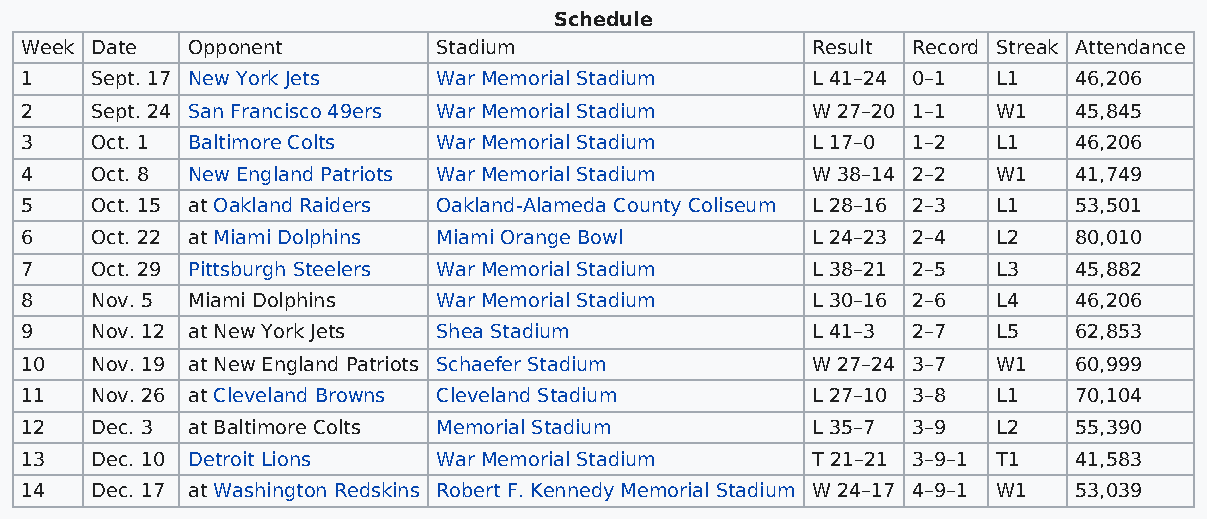
Schedule
 Week Date  Opponent         Stadium                  Result Record Streak Attendance
 1    Sept. 17 New York Jets War Memorial Stadium     L 41–24 0–1 L1   46,206
 2    Sept. 24 San Francisco 49ers War Memorial Stadium W 27–20 1–1 W1 45,845
 3    Oct. 1 Baltimore Colts War Memorial Stadium     L 17–0 1–2  L1   46,206
 4    Oct. 8 New England Patriots War Memorial Stadium W 38–14 2–2 W1  41,749
 5    Oct. 15 at Oakland Raiders Oakland-Alameda County Coliseum L 28–16 2–3 L1 53,501
 6    Oct. 22 at Miami Dolphins Miami Orange Bowl     L 24–23 2–4 L2   80,010
 7    Oct. 29 Pittsburgh Steelers War Memorial Stadium L 38–21 2–5 L3  45,882
 8    Nov. 5 Miami Dolphins  War Memorial Stadium     L 30–16 2–6 L4   46,206
 9    Nov. 12 at New York Jets Shea Stadium           L 41–3 2–7  L5   62,853
 10   Nov. 19 at New England Patriots Schaefer Stadium W 27–24 3–7 W1  60,999
 11   Nov. 26 at Cleveland Browns Cleveland Stadium   L 27–10 3–8 L1   70,104
 12   Dec. 3 at Baltimore Colts Memorial Stadium      L 35–7 3–9  L2   55,390
 13   Dec. 10 Detroit Lions  War Memorial Stadium     T 21–21 3–9–1 T1 41,583
 14   Dec. 17 at Washington Redskins Robert F. Kennedy Memorial Stadium W 24–17 4–9–1 W1 53,039